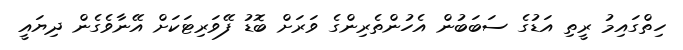
ހިތްގައިމު ރީތި އަޑުގެ ސަބަބުން އެހުންތެރިންގެ ވަރަށް ބޮޑު ފޭވަރިޓަކަށް އޭނާވެގެން ދިޔައީ